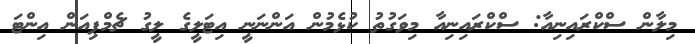
މިލާން ސްކްރައިނިއާ: ސްކްރައިނިއާ މިވަގުތު ކުޅެމުން އަންނަނީ އިޓަލީގެ ލީގު ޗެމްޕިއަން އިންޓަ